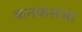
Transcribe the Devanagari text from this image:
कनकसभा